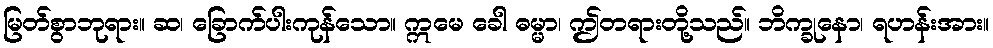
မြတ်စွာဘုရား။ ဆ၊ ခြောက်ပါးကုန်သော။ ဣမေ ခေါ ဓမ္မာ၊ ဤတရားတို့သည်။ ဘိက္ခုနော၊ ရဟန်းအား။